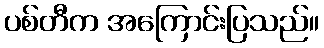
ပစ်တီက အကြောင်းပြသည်။